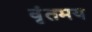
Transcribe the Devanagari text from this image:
वृंतमय